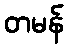
တမန်